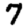
Digit: 7